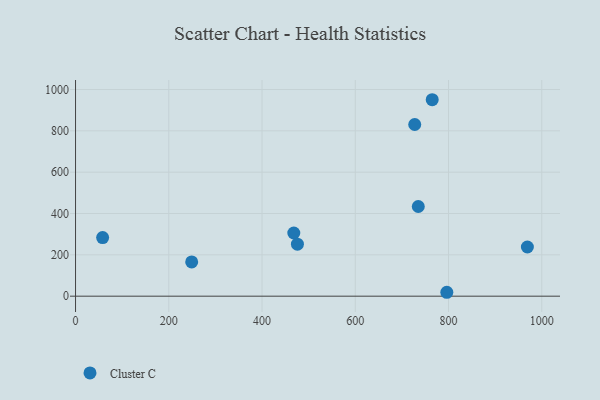
{"axis": {"x": "Distance", "y": "Yield"}, "legend": ["Cluster C"], "data": [{"x": "249.1", "y": 165.8, "type": "Cluster C"}, {"x": "969.1", "y": 238.0, "type": "Cluster C"}, {"x": "468.1", "y": 305.6, "type": "Cluster C"}, {"x": "58.1", "y": 283.6, "type": "Cluster C"}, {"x": "735.1", "y": 434.0, "type": "Cluster C"}, {"x": "475.9", "y": 251.5, "type": "Cluster C"}, {"x": "765.0", "y": 950.6, "type": "Cluster C"}, {"x": "796.3", "y": 18.9, "type": "Cluster C"}, {"x": "727.5", "y": 830.8, "type": "Cluster C"}]}